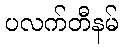
ပလက်တီနမ်